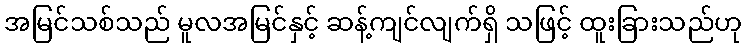
အမြင်သစ်သည် မူလအမြင်နှင့် ဆန့်ကျင်လျက်ရှိ သဖြင့် ထူးခြားသည်ဟု